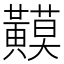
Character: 𪏟